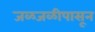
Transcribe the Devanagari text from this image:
जळजळीपासून